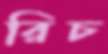
রিচ